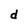
Character: d